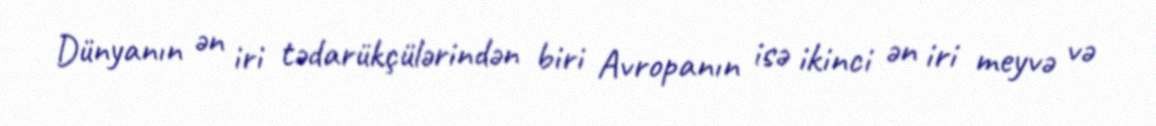
Dünyanın ən iri tədarükçülərindən biri Avropanın isə ikinci ən iri meyvə və